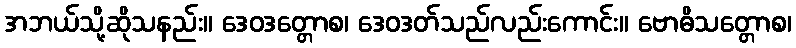
အဘယ်သို့ဆိုသနည်း။ ဒေဝဒတ္တောစ၊ ဒေဝဒတ်သည်လည်းကောင်း။ ဗောဓိသတ္တောစ၊